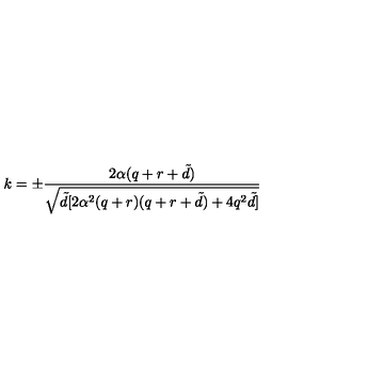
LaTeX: k = \pm \frac { 2 \alpha ( q + r + { \tilde { d } } ) } { \sqrt { { \tilde { d } } [ 2 \alpha ^ { 2 } ( q + r ) ( q + r + { \tilde { d } } ) + 4 q ^ { 2 } { \tilde { d } } ] } }